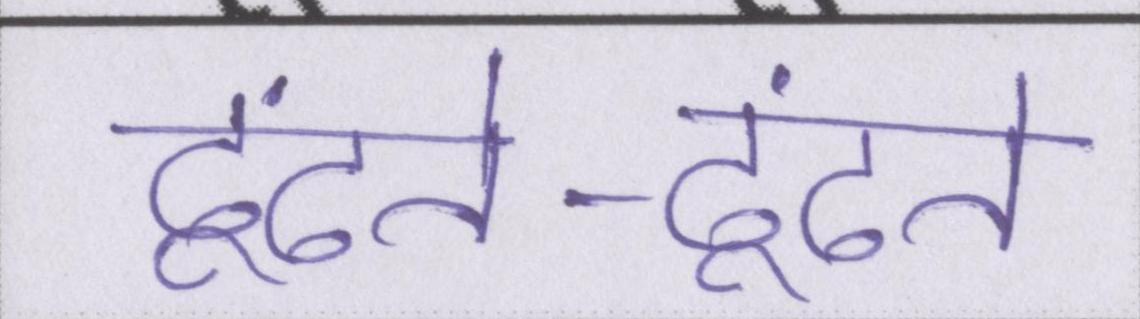
ढूंढते-ढूंढते